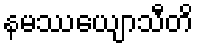
နမဿေယျာသီတိ